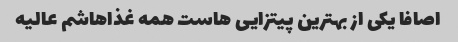
اصافا یکی از بهترین پیتزایی هاست همه غذاهاشم عالیه